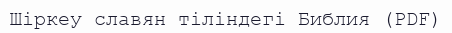
Шіркеу славян тіліндегі Библия (PDF)